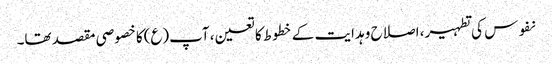
نفوس کی تطہیر، اصلاح و ہدایت کے خطوط کا تعین، آپ(ع)کا خصوصی مقصد تھا۔